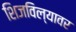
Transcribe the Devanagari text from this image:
शिजविल्यावर